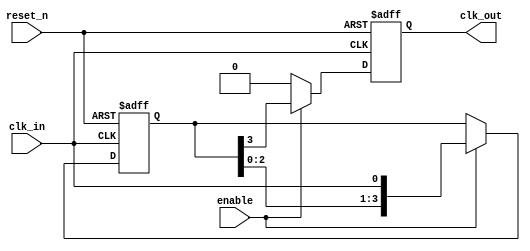
module delay_clock_buffer #(
    parameter DELAY_COUNT = 4  // Number of clock cycles to delay
)(
    input wire clk_in,          // Input clock signal
    input wire enable,          // Enable signal for the buffer
    input wire reset_n,         // Active low reset signal
    output reg clk_out          // Delayed output clock signal
);

    // Internal signal to store delayed clock values
    reg [DELAY_COUNT-1:0] delay_reg;

    always @(posedge clk_in or negedge reset_n) begin
        if (!reset_n) begin
            // On reset, set all delay registers to 0
            delay_reg <= {DELAY_COUNT{1'b0}};
            clk_out <= 1'b0;
        end else if (enable) begin
            // Shift the delay registers
            delay_reg <= {delay_reg[DELAY_COUNT-2:0], clk_in};
            // Output the last value in the delay register chain
            clk_out <= delay_reg[DELAY_COUNT-1];
        end else begin
            // If not enabled, hold clk_out low or in defined state
            clk_out <= 1'b0; // Can also be defined to hold its previous state
        end
    end

endmodule